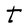
Character: t